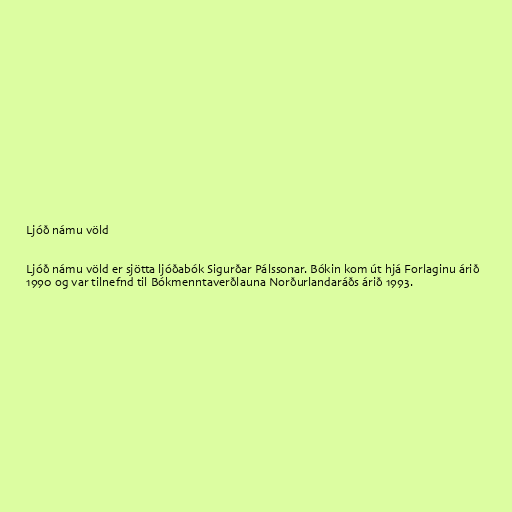
Ljóð námu völd

Ljóð námu völd er sjötta ljóðabók Sigurðar Pálssonar. Bókin kom út hjá Forlaginu árið
1990 og var tilnefnd til Bókmenntaverðlauna Norðurlandaráðs árið 1993.